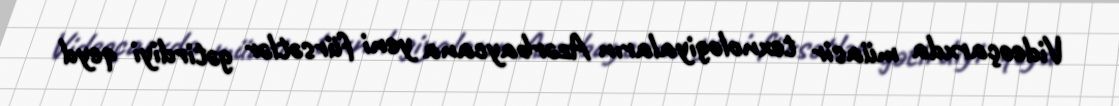
Videoçarxda müasir texnologiyaların Azərbaycana yeni fürsətlər gətirdiyi qeyd